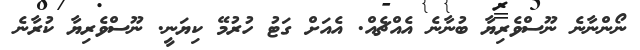
ނޯންނާނެ ނޫސްވެރިޔާ ބުނާނެ އެއްޗެއް. އެއަށް ގަޓު ހުރުމޭ ކިޔަނީ. ނޫސްވެރިޔާ ކުރާނެ